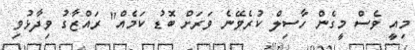
މިއީ ވެސް މީގެން ހާސިލް ކުރެވޭނެ ވަރަށް ބޮޑު ކަމެއް" ރައްޒާގު ވިދާޅުވި